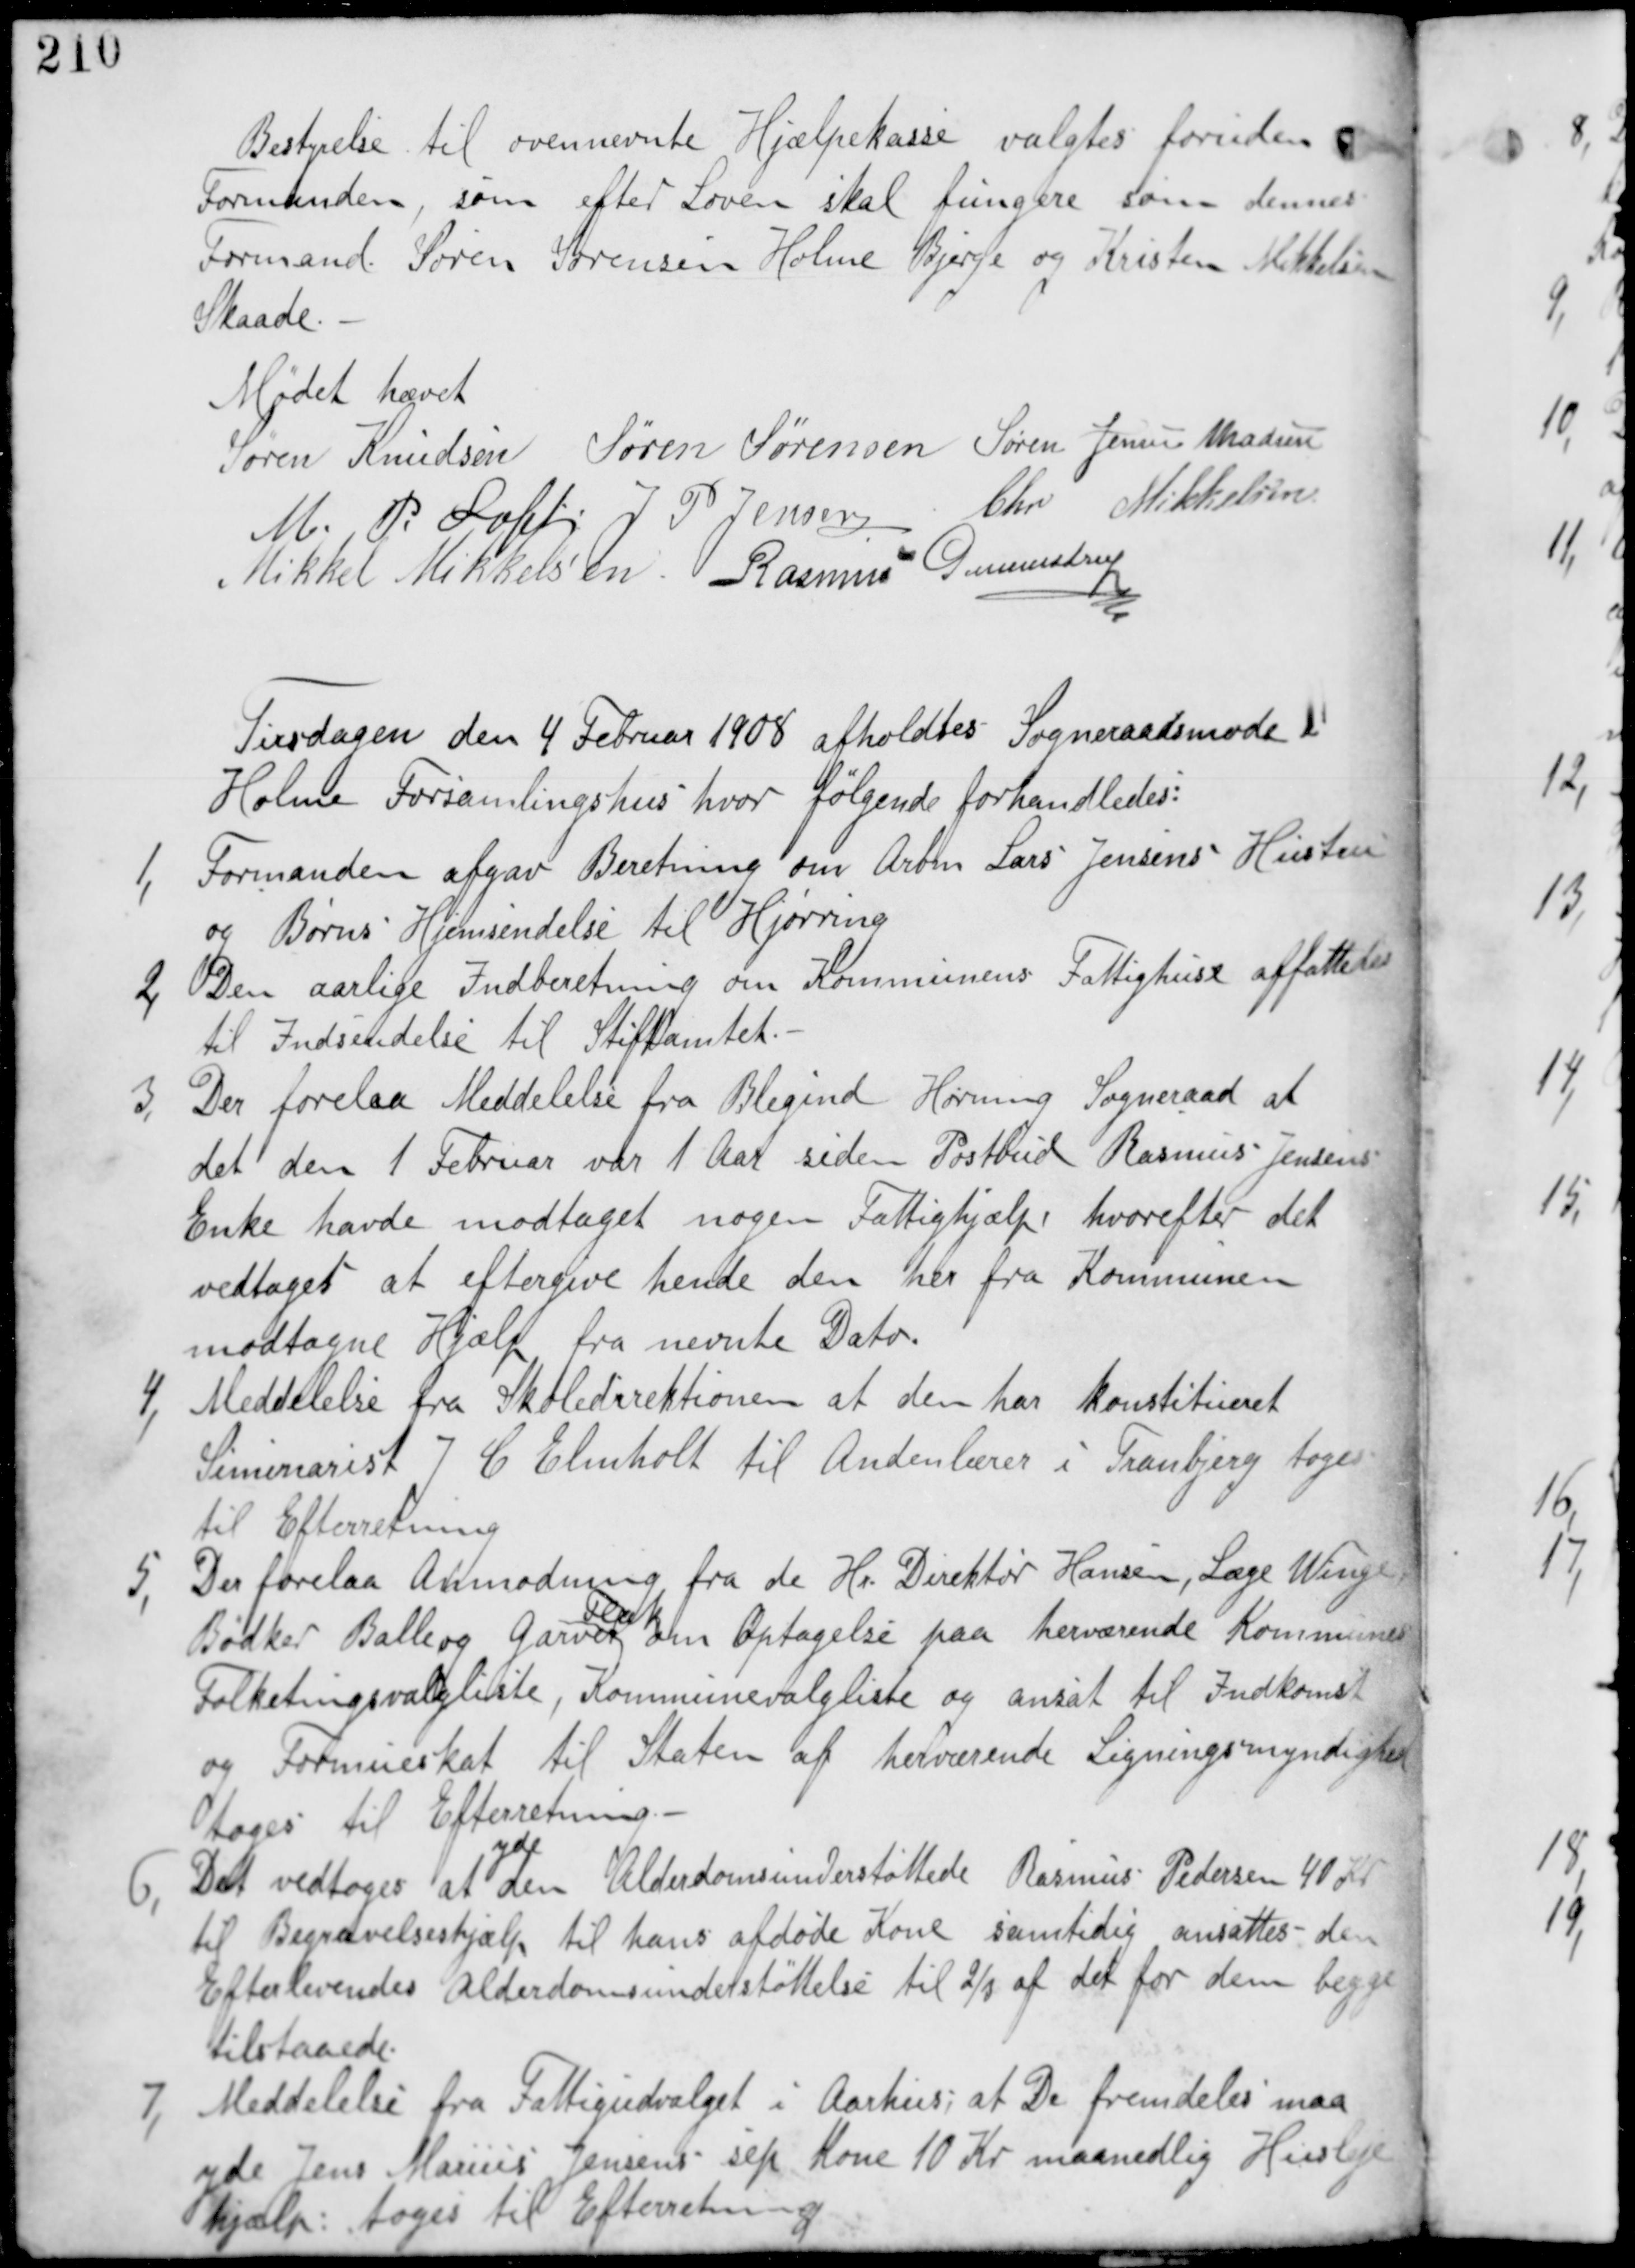
Transskription:
Bestyrelse til ovennævnte Hjælpekasse valgtes foruden
Formanden, som efter Loven skal fungere som dennes
Formand Søren Sørensen Holme Bjerge og Kristen Mikkelsen
Skaade.

Mødet hævet
Søren Knudsen Søren Sørensen Søren Jensen Madsen
M. P Loft J P Jensen Chr Mikkelsen
Mikkel Mikkelsen Rasmus Gunnestrup

Tirsdagen den 4 Februar 1908 afholdes Sogneraadsmøde i
Holme Forsamlingshus hvor følgende forhandledes:

1, Formanden afgav Beretning om Arbm Lars Jensens Hustru
og Børns Hjemsendelse til Hjørring.

2, Den aarlige Indberetning om Kommunens Fattighuse affattedes
til Indsendelse til Stiftamtet.

3, Der forelaa Meddelelse fra Blegind Hørning Sogneraad at
det den 1 Februar var 1 Aar siden Postbud Rasmus Jensens
Enke havde modtaget nogen Fattighjælp hvorefter det
vedtaget at eftergive hende den her fra Kommunen
modtagne Hjælp fra nævnte Dato.

4, Meddelelse fra Skoledirektionen at den har konstitueret
Seminarist J C Elmholt til Andenlærer i Tranbjerg tages
til Efterretning.

5, Der forelaa Anmodning fra de Hr Direktør Hansen, Læge Winge
Bødker Balle og Garver
Fleck
om optagelse paa herværende Kommunes
Folketingsliste, Kommunalliste og ansat til Indkomst
og Formueskat til Staten af herværende Ligningsmyndighed
tages til Efterretning.

6, Det vedtages at
yde
den Alderdomsunderstøttede Rasmus Pedersen 40 Kr
til Begravelseshjælp til hans afdøde Kone samtidig ansættes den
Efterlevendes Alderdomsunderstøttelse til 2/3 af det for dem begge
tilstaaede.

7, Meddelelse fra Fattigudvalget i Aarhus: at De fremdeles maa
yde Jens Marius Jensens sep Kone 10 Kr maanedlig Husleje
hjælp: tages til Efterretning.